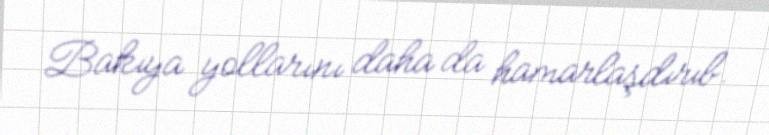
Bakıya yollarını daha da hamarlaşdırıb.